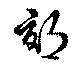
郊